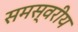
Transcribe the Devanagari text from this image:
समस्वरीय